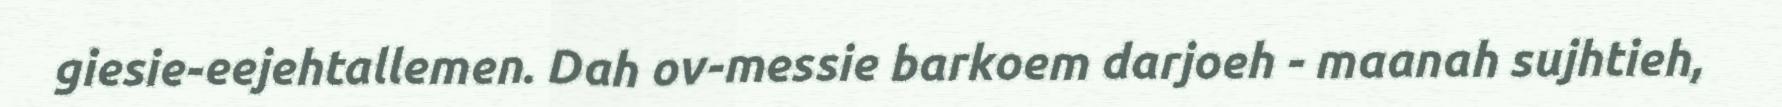
giesie-eejehtallemen. Dah ov-messie barkoem darjoeh - maanah sujhtieh,